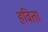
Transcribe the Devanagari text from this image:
हविता